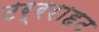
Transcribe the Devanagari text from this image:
टर्रराहट